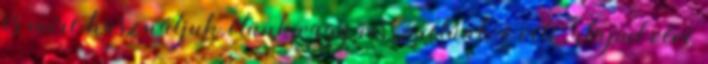
és mire használjuk, élünk vagy visszaélünk-e vele, alapul véve